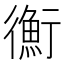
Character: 𢖍